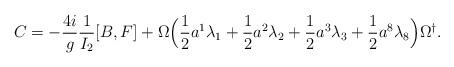
LaTeX: \begin{align*}C = - \frac{4i}{g} \frac{1}{I_2} [B,F] + \Omega \Bigl( \frac{1}{2} a^1 \lambda_1 + \frac{1}{2} a^2 \lambda_2 + \frac{1}{2} a^3 \lambda_3 + \frac{1}{2} a^8 \lambda_8 \Bigr) \Omega^{\dagger}.\end{align*}